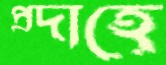
প্রদাহে